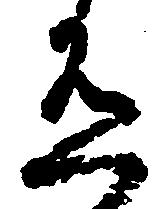
有